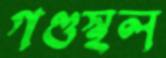
গণ্ডস্থল